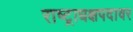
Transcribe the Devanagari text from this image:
राष्ट्राधक्षपदावर